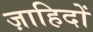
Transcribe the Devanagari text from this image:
ज़ाहिदों